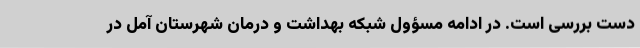
دست بررسی است. در ادامه مسؤول شبکه بهداشت و درمان شهرستان آمل در